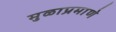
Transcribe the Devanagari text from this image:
मुळाप्रमाणे